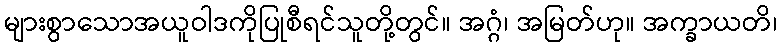
များစွာသောအယူဝါဒကိုပြုစီရင်သူတို့တွင်။ အဂ္ဂံ၊ အမြတ်ဟု။ အက္ခာယတိ၊